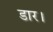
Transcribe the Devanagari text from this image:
डार।